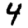
Digit: 4